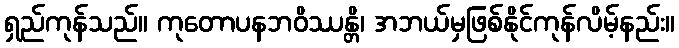
ရှည်ကုန်သည်။ ကုတောပနဘဝိဿန္တိ၊ အဘယ်မှဖြစ်နိုင်ကုန်လိမ့်နည်း။